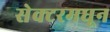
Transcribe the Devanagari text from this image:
सेक्टरमधून